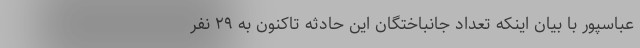
عباسپور با بیان اینکه تعداد جانباختگان این حادثه تاکنون به ۲۹ نفر